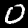
Digit: 0